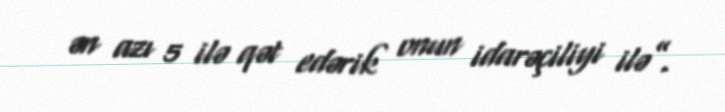
ən azı 5 ilə qət edərik onun idarəçiliyi ilə”.